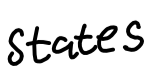
Text: States
Cross-out: clean
Writing tool: digital_black